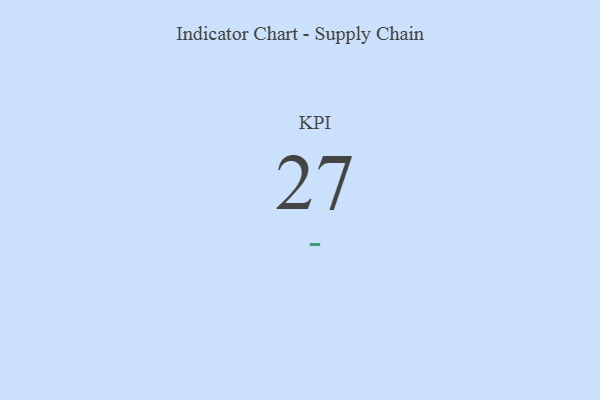
{"axis": {"x": "KPI", "y": "Value"}, "legend": [""], "data": [{"x": "KPI", "y": 27, "type": ""}]}